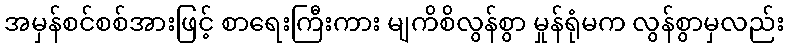
အမှန်စင်စစ်အားဖြင့် စာရေးကြီးကား မျကိစိလွန်စွာ မှုန်ရုံမက လွန်စွာမှလည်း